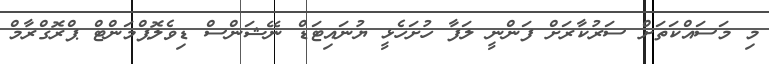
މި މަސައްކަތަށް ސަރުކާރަށް ފަންނީ ލަފާ ހުށަހެޅީ ޔުނައިޓަޑް ނޭޝަންސް ޑިވެލޮޕްމަންޓް ޕްރޮގްރާމް